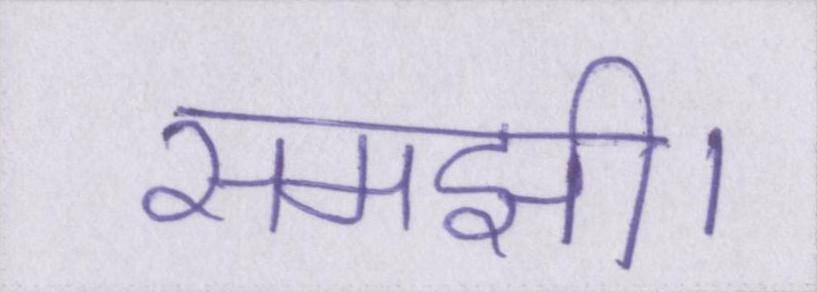
समझी।